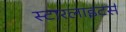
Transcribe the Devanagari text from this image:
स्टारलाइटर्स